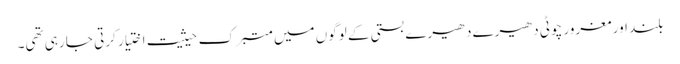
بلند اور مغرور چوٹی دھیرے دھیرے بستی کے لوگوں میں متبرک حیثیت اختیار کرتی جا رہی تھی۔